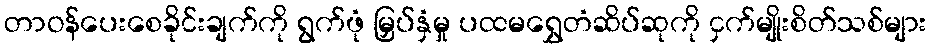
တာဝန်ပေးစေခိုင်းချက်ကို ရွက်ဖုံ မြှပ်နှံမှု ပထမရွှေတံဆိပ်ဆုကို ငှက်မျိုးစိတ်သစ်များ